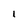
Character: l